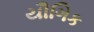
યૌગિક